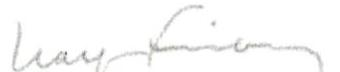
Ralf Friberg